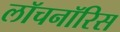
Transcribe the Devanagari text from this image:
लॉचनॉरिस